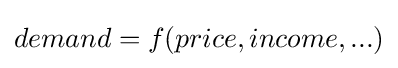
{demand}=f({price},{income},...)